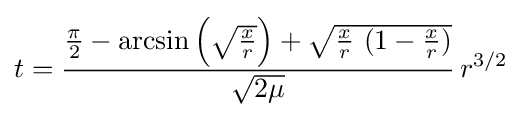
t={\frac {{\frac {\pi }{2}}-\arcsin {\Big (}{\sqrt {\frac {x}{r}}}{\Big )}+{\sqrt {{\frac {x}{r}}\ (1-{\frac {x}{r}})}}}{\sqrt {2\mu }}}\,r^{3/2}